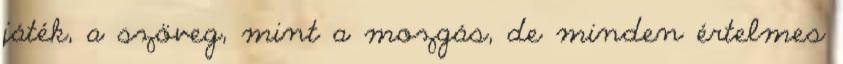
játék, a szöveg, mint a mozgás, de minden értelmes